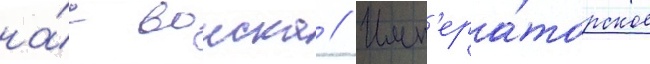
на́с воиска // Имп'ера́торское